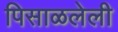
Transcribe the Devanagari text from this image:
पिसाळलेली